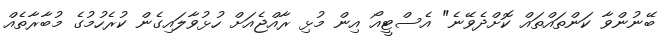
ބޭނުންވާ ކަންތައްތައް ކޮށްދެވޭނެ" އެސްޓީއޯ އިން މުޅި ރާއްޖެއަށް ހުޅުވާލައިގެން ކުރެހުމުގެ މުބާރާތެއް